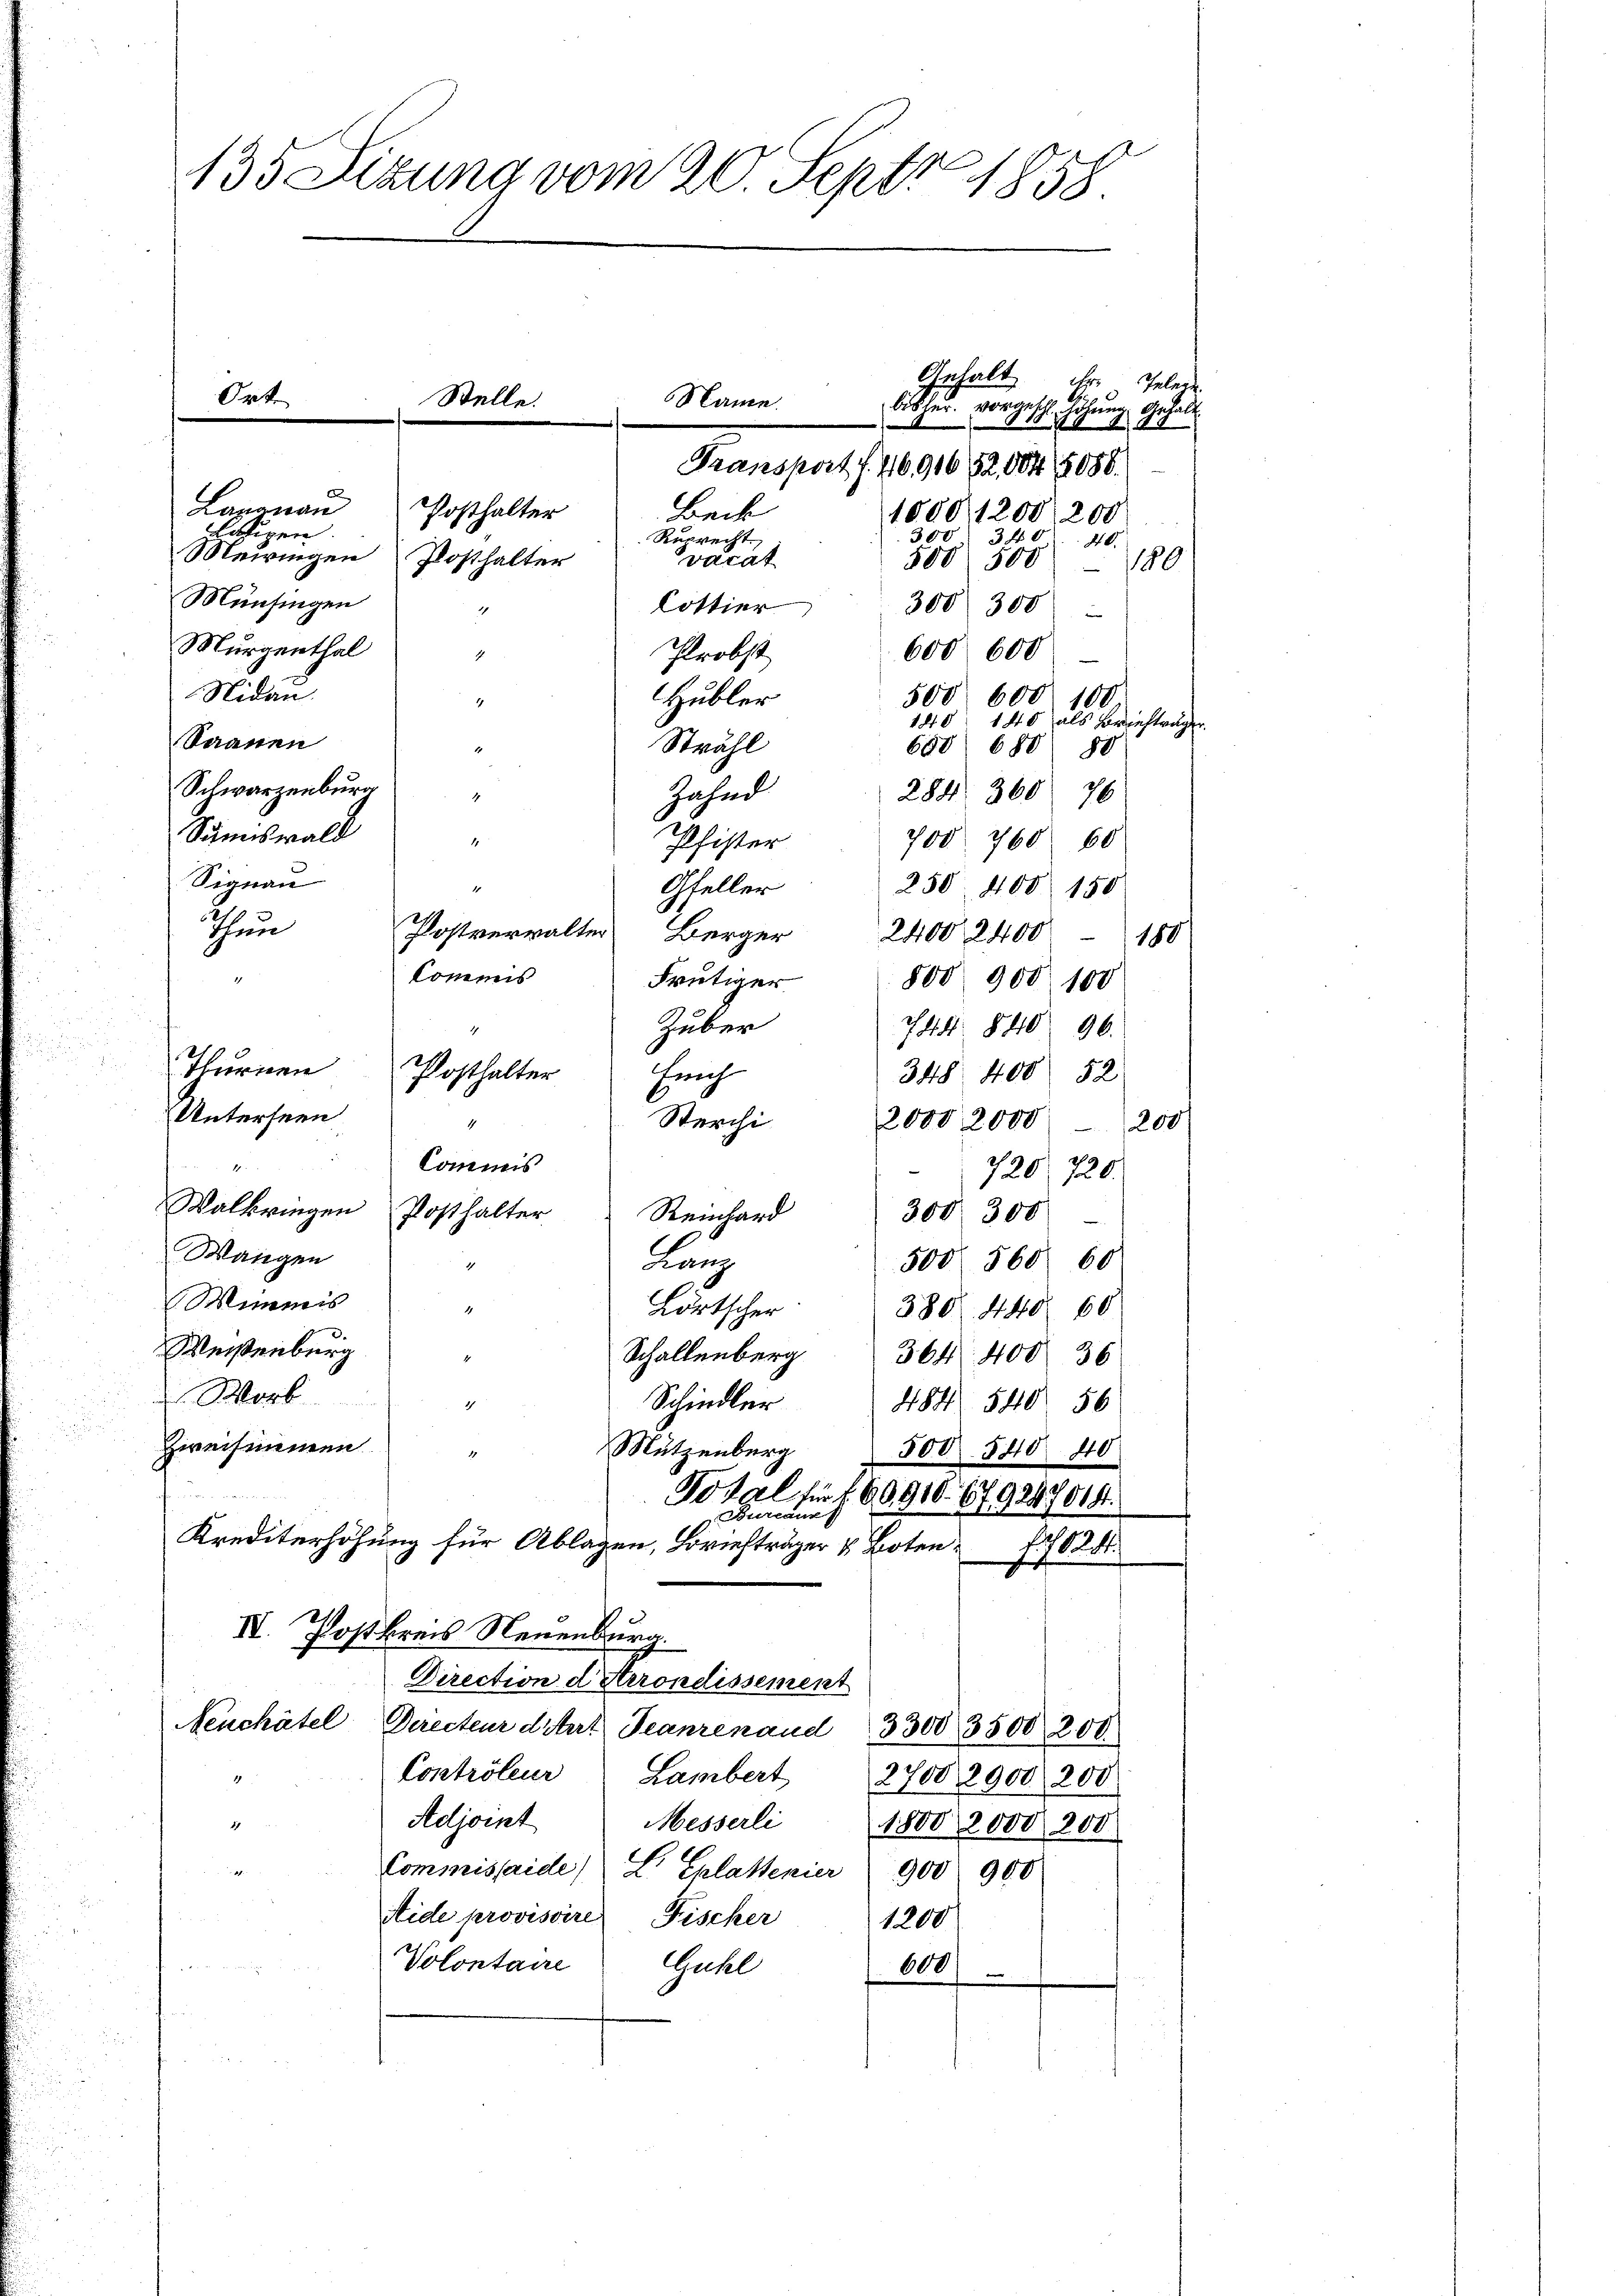
Langnau
Posthalter
tätigen
300
340
Ruprecht
40.
Meiringen
vacat
Posthalter
508 500 — 180
Münsingen
Cottier
300 300
4
e
Murgenthal
600 600
Probst
1
Nidau
Hubler
500. 600. 100
1
140. 140 als Brieftrage
Saanen
Strahl
1
650. 680 80
Schwarzenburg
Zahnd
284. 360 76
1
Sänswald
700. 760. 60
Pfister
1
Signau
Gfeller
4
250. 400 150
Thun
Postverwalter Berger 2400 2400 - 188
kommis
1
Frutiger
800 900 100
Huber
744. 840 90.
21
Thurnen
348. 400 52
Erich
Posthalter
Unterseen
Sterchi
4
2000, 2000-200
2
4
Commis
s 6.
720.
Walbringen Posthalter
Reinhard
300. 300
Wangen
Lanz
500. 560. 60
4
Wimmis
Lörtscher
4
380. 440 60
Weisenburg
Schallenberg 364. 400. 36
 Wort
Schindler
484. 540. 56
4
zweisimmen
Mützenberg
500. 540 40
12.
Total sie f. 69,910. 679247014.
Bureaux
Krediterhöhung für Ablagen, Briefträger v. Boten,
1 No 24.
IV. Postkreis Neuenburg.
Direction d Arrondissement
Neuchâtel, Directeur distert Teanrenaud 3300 3500 200
Contrôleur Lambert
27002900, 200
Adjoint
Messerli 1800 2000 200
17
e
Commissaide L. Ehlattenier 900 900
Aide provisoire
Fischer
1200
a
Volontaire Guhl
600/

135 Sizung vom 20. Sept. 1858

Ort.

Stelle.

r. Gelege
Name
bisher vorgeschl Höhnen. Anhalt
1070 189
Transport f. 4691652,004, 1086.
Beck
1000, 1200/200

Anhalt